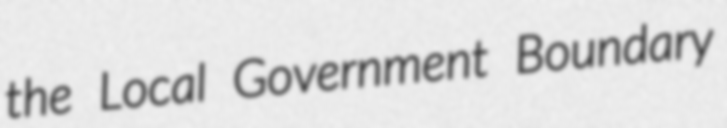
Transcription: the Local Government Boundary